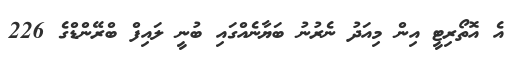
އެ އޮތޯރިޓީ އިން މިއަދު ނެރުނު ބަޔާނެއްގައި ބުނީ ލައިފް ބްރޭންޑްގެ 226